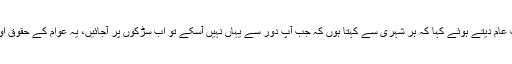
انھوں نے دھرنوں میں شرکت کی دعوت عام دیتے ہوئے کہا کہ ہر شہری سے کہتا ہوں کہ جب آپ دور سے یہاں نہیں آسکے تو اب سڑکوں پر آجائیں، یہ عوام کے حقوق اور ان کے ووٹ کے تقدس کی جنگ ہے۔